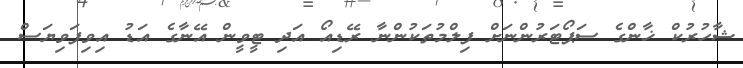
ޝާހުރުކް ޚާންގެ ސަޕޯޓަރުންނަށް ފިލްމުތަކުންނާ ރޭޑިއޯ އަދި ޓީވީން އޭނާގެ އަޑު އިވިފަވިޔަސް